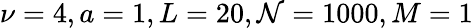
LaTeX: \nu=4,a=1,L=20,\mathcal{N}=1000,M=1